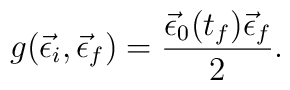
g(\vec\epsilon_i,\vec\epsilon_f)=\frac{\vec\epsilon_0(t_f)\vec\epsilon_f}{2}.